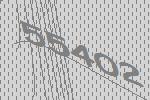
55402